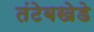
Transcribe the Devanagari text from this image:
तंटेबखेडे